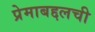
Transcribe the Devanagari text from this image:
प्रेमाबद्दलची